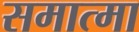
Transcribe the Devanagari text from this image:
समात्मा